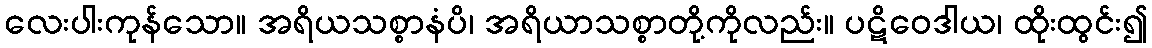
လေးပါးကုန်သော။ အရိယသစ္စာနံပိ၊ အရိယာသစ္စာတို့ကိုလည်း။ ပဋိဝေဒါယ၊ ထိုးထွင်း၍